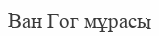
Ван Гог мұрасы